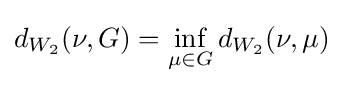
d_{W_{2}}(\nu ,G)=\inf _{\mu \in G}d_{W_{2}}(\nu ,\mu )